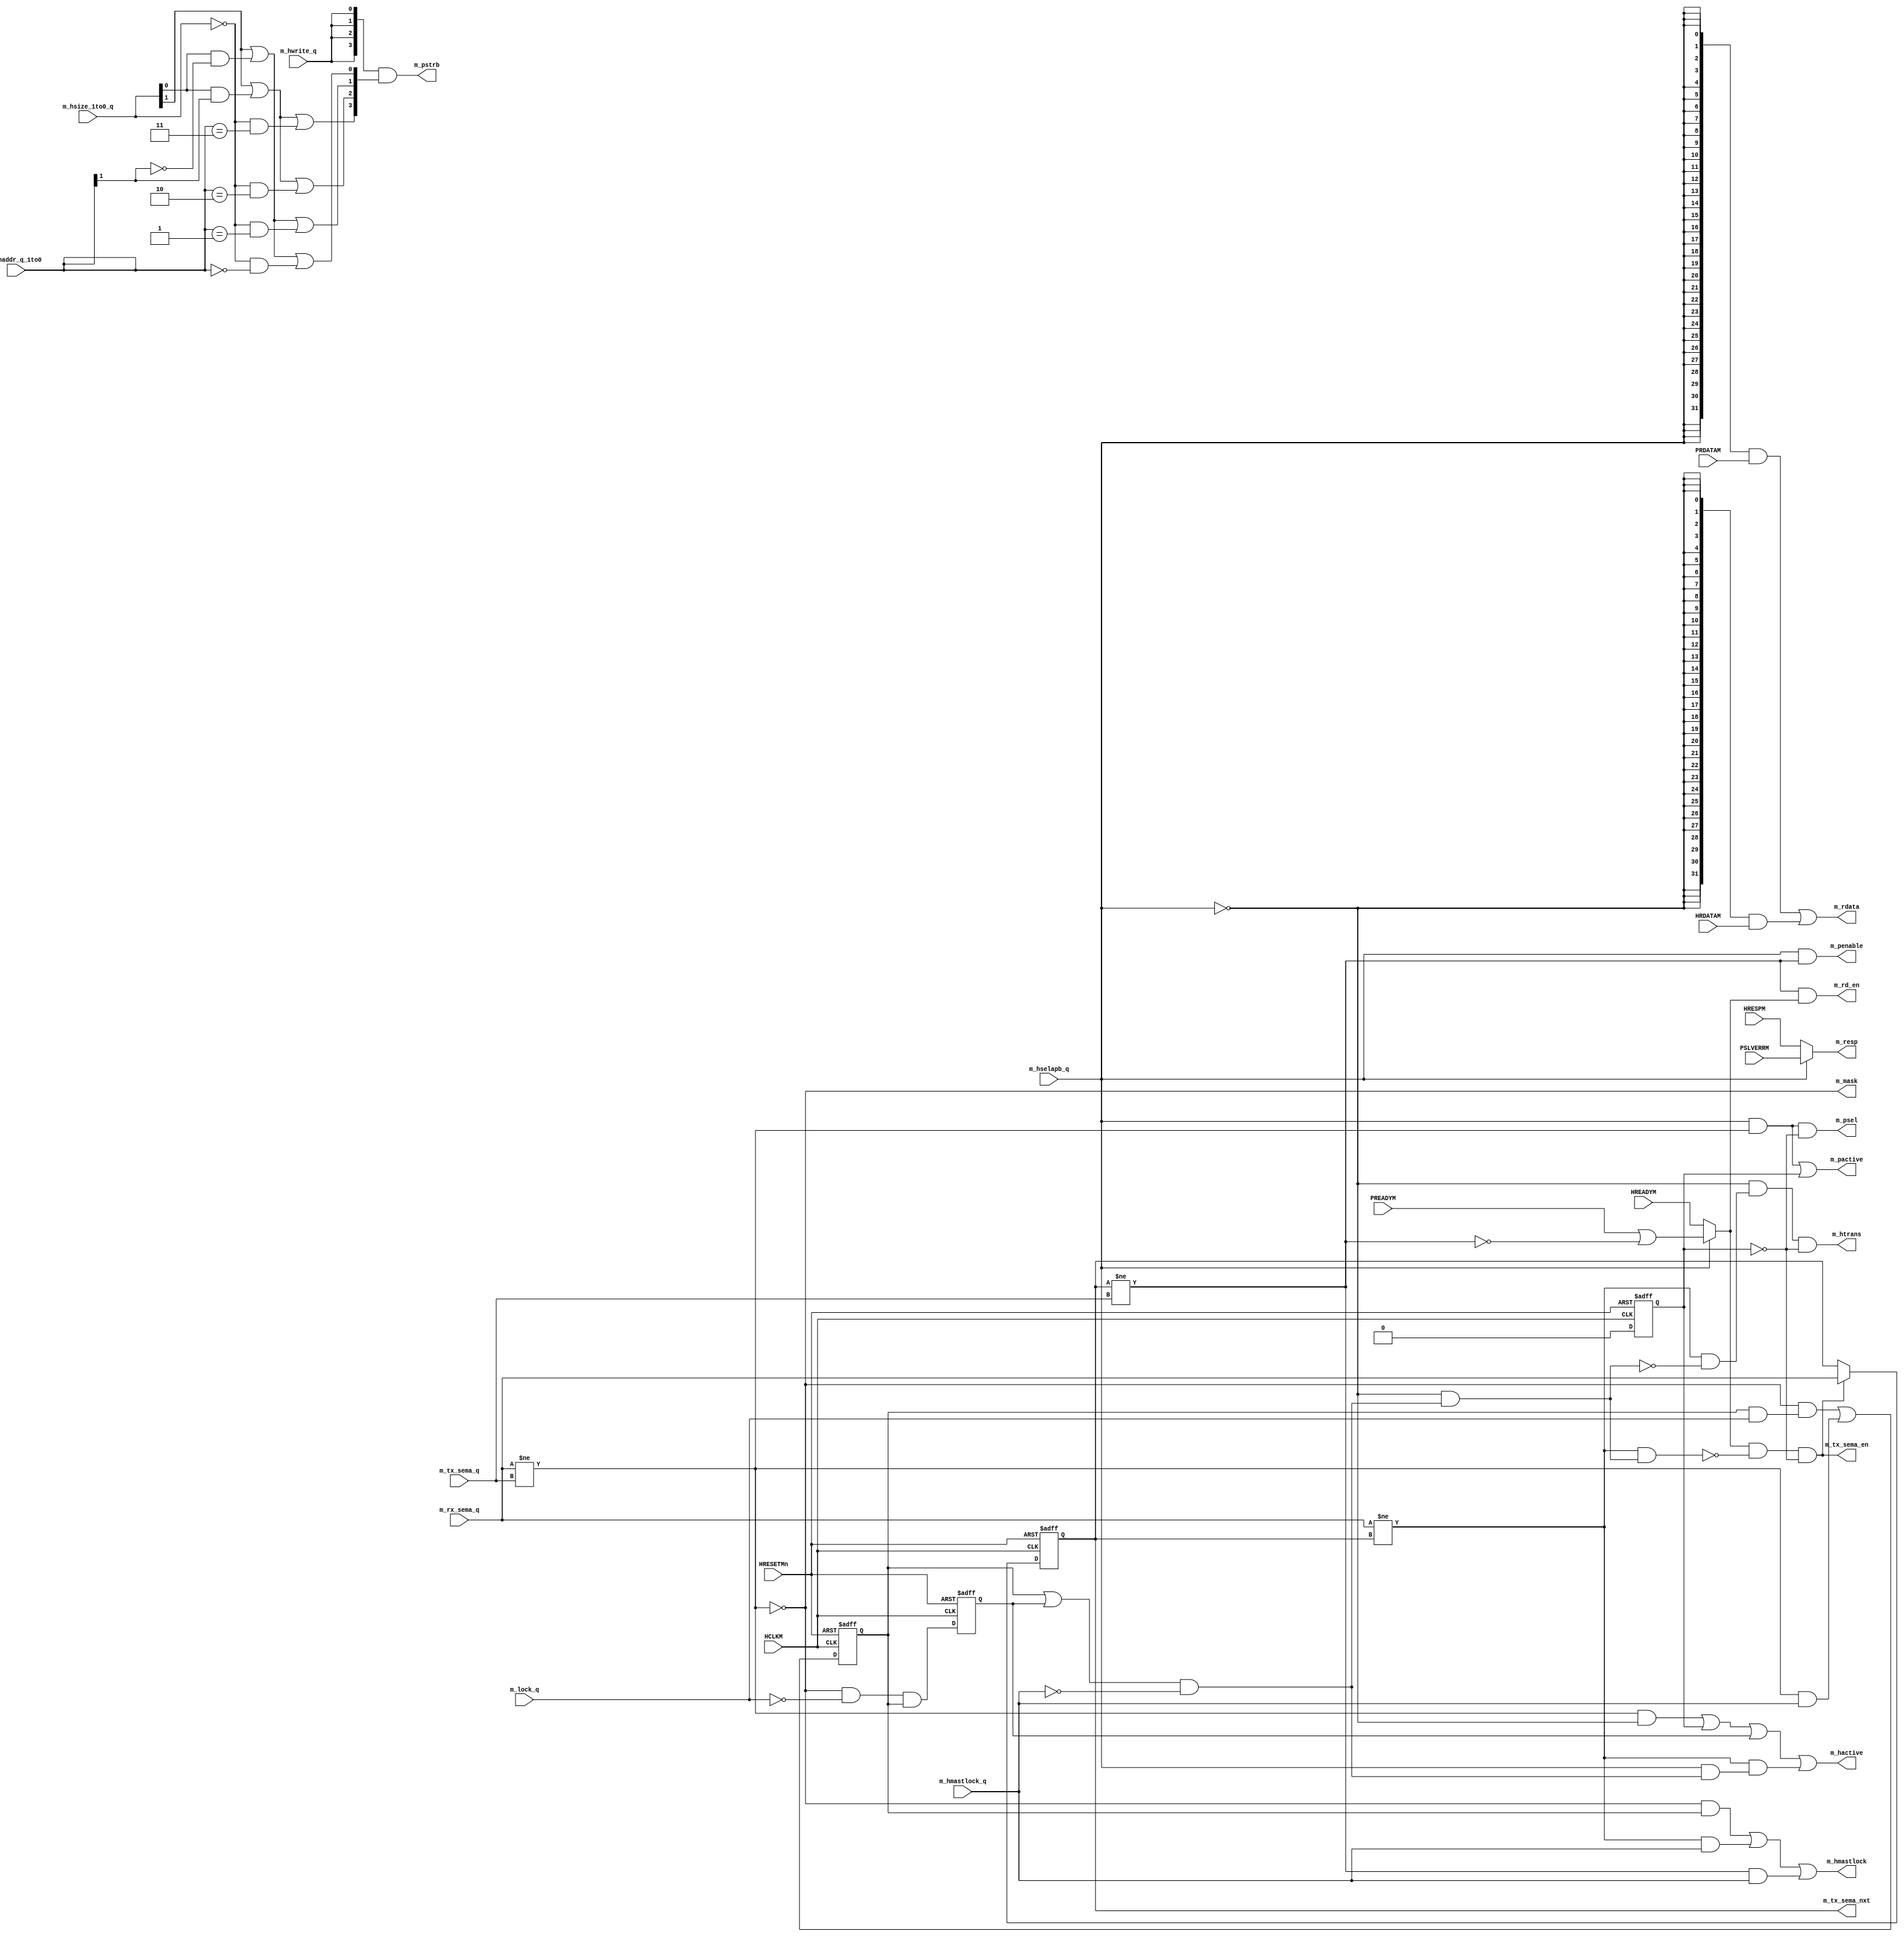
//-----------------------------------------------------------------------------
// The confidential and proprietary information contained in this file may
// only be used by a person authorised under and to the extent permitted
// by a subsisting licensing agreement from ARM Limited.
//
//            (C) COPYRIGHT 2012-2013 ARM Limited.
//                ALL RIGHTS RESERVED
//
// This entire notice must be reproduced on all copies of this file
// and copies of this file may only be made by a person if such person is
// permitted to do so under the terms of a subsisting license agreement
// from ARM Limited.
//
//   Checked In : $Date: 2013-03-27 10:42:39 +0000 (Wed, 27 Mar 2013) $
//   Revision   : $Revision: 242361 $
//   Release    : Cortex-M System Design Kit-r1p0-01rel0
//
//-----------------------------------------------------------------------------
// Verilog-2001 (IEEE Std 1364-2001)
//-----------------------------------------------------------------------------

// ----------------------------------------------------------------------------
// AHB-Lite to AHB-Lite and APB4 Asynchronous Bridge - Master side
// ----------------------------------------------------------------------------

module cmsdk_ahb_to_ahb_apb_async_master (
      input  wire        HCLKM,
      input  wire        HRESETMn,

      // --------
      // CDC interface with slave side

      // Slave to master

      input  wire        m_rx_sema_q,     // Semaphore-in (receive)
      input  wire        m_lock_q,       // Synchronized version of s_hmastlock_q

      output wire        m_mask,         // Slave to master buffers mask
      input  wire [ 1:0] m_haddr_q_1to0, // Slave to master HADDRS buffer (bits[1:0])
      input  wire        m_hmastlock_q,  //                 HMASTLOCKS
      input  wire        m_hselapb_q,    //                 HSELAPBS
      input  wire [ 1:0] m_hsize_1to0_q, //                 HSIZES[1:0]
      input  wire        m_hwrite_q,     //                 HWRITES

      // Master to slave

      output wire        m_tx_sema_en,   // Semaphore-out (transmit) enable
      output wire        m_tx_sema_nxt,  // Semaphore-out (transmit) next value
      input  wire        m_tx_sema_q,    // Semaphore-out (transmit)

      output wire        m_rd_en,        // Response and read data buffer enable

      output wire        m_resp,         // Response
      output wire [31:0] m_rdata,        // Read data

      // --------
      // AHB-Lite master interface

      input  wire        HREADYM,
      input  wire        HRESPM,
      input  wire [31:0] HRDATAM,

      output wire        m_htrans,       // HTRASM[1]
      output wire        m_hmastlock,    // HMASTLOCKM

      // --------
      // APB master interface

      input  wire        PREADYM,
      input  wire        PSLVERRM,
      input  wire [31:0] PRDATAM,

      output wire        m_psel,         // PSELM
      output wire        m_penable,      // PENABLEM
      output wire [ 3:0] m_pstrb,        // PSTRBM

      // --------
      // Clock gating control interface

      output wire        m_hactive,      // HACTIVEM
      output wire        m_pactive       // PACTIVEM
   );

   // -------------------------------------------------------------------------
   // Master side state
   // -------------------------------------------------------------------------

   reg         m_mode_q;           // FSM state (mode + semaphores = FSM state)

   reg         m_force_lock_q;     // Drive HMASTLOCKM HIGH outside transfer
   reg         m_delayed_unlock_q; // Delayed unlock cycle

   reg         m_in_rst_q;         // In reset

   // -------------------------------------------------------------------------
   // Master side state machine
   // -------------------------------------------------------------------------

   // For the APB4 master interface:
   //  - cycle_0 is the setup phase
   //  - cycle_1 is the access phase

   // For the AHB-Lite master interface:
   //  - cycle_0 is the address phase
   //  - cycle_1 is the data phase

   // Reset and HMASTLOCKM create complications and require special care.

   wire        m_new_req        = m_rx_sema_q != m_mode_q;

   wire        m_need_unlock    = ( (m_force_lock_q | m_delayed_unlock_q) &
                                    ~m_hmastlock_q );
   wire        m_need_unlock_h  = ~m_hselapb_q & m_need_unlock;
   wire        m_need_unlock_p  =  m_hselapb_q & m_need_unlock;

   wire        m_cycle_unlock_p = m_new_req &  m_need_unlock_p;

   wire        m_cycle_unlock_h = m_new_req &  m_need_unlock_h;
   wire        m_cycle_0        = m_new_req & ~m_need_unlock_h;
   wire        m_cycle_1        = m_mode_q != m_tx_sema_q;
   wire        m_cycle_any      = m_rx_sema_q != m_tx_sema_q;

   wire        m_preadym        = PREADYM | ~m_cycle_1;
   wire        m_ready_run      = m_hselapb_q ? m_preadym : HREADYM;
   wire        m_ready          = m_ready_run;

   wire        m_mode_en        = m_ready & ~m_cycle_unlock_h & ~m_in_rst_q;
   wire        m_mode_nxt       = m_rx_sema_q;

   // Maintain HMASTLOCKM HIGH during locked sequence

   wire        m_force_lock_en  = 1'b1;
   wire        m_force_lock_nxt = ( ~m_cycle_any & (m_force_lock_q & m_lock_q) |
                                    m_cycle_any & m_hmastlock_q );

   // Guard against reconvergence between m_rx_sema_q and m_lock_q

   wire        m_delayed_unlock_en  = 1'b1;
   wire        m_delayed_unlock_nxt = ~m_cycle_any & ~m_lock_q & m_force_lock_q;

   // Reset awareness

   wire        m_in_rst_en  = 1'b1;
   wire        m_in_rst_nxt = 1'b0;

   // -------------------------------------------------------------------------
   // CDC logic
   // -------------------------------------------------------------------------

   // Semaphore

   assign      m_tx_sema_en     = m_mode_en;
   assign      m_tx_sema_nxt    = m_mode_q;

   // Slave to master buffers mask

   assign      m_mask           = ~m_cycle_any;

   // Master to slave buffers update

   assign      m_rd_en          = m_cycle_1 & m_ready;

   // -------------------------------------------------------------------------
   // Bus interface signals
   // -------------------------------------------------------------------------

   assign      m_hmastlock      = ( ~m_cycle_any & m_force_lock_q |
                                    m_new_req & m_hmastlock_q |
                                    m_cycle_1 & m_hmastlock_q );

   assign      m_psel           =  m_hselapb_q & m_cycle_any & ~m_in_rst_q;
   assign      m_penable        =  m_hselapb_q & m_cycle_1;

   assign      m_htrans         = ~m_hselapb_q & m_cycle_0   & ~m_in_rst_q;

   // APB4 strobes

   wire [ 3:0] m_strb           = { ( m_hsize_1to0_q[1] |
                                      m_hsize_1to0_q[0] & m_haddr_q_1to0[1] |
                                      ( (m_hsize_1to0_q == 2'b00) &
                                        (m_haddr_q_1to0 == 2'b11) ) ),

                                    ( m_hsize_1to0_q[1] |
                                      m_hsize_1to0_q[0] & m_haddr_q_1to0[1] |
                                      ( (m_hsize_1to0_q == 2'b00) &
                                        (m_haddr_q_1to0 == 2'b10) ) ),

                                    ( m_hsize_1to0_q[1] |
                                      m_hsize_1to0_q[0] & ~m_haddr_q_1to0[1] |
                                      ( (m_hsize_1to0_q == 2'b00) &
                                        (m_haddr_q_1to0 == 2'b01) ) ),

                                    ( m_hsize_1to0_q[1] |
                                      m_hsize_1to0_q[0] & ~m_haddr_q_1to0[1] |
                                      ( (m_hsize_1to0_q == 2'b00) &
                                        (m_haddr_q_1to0 == 2'b00) ) )
                                    };

   assign      m_pstrb          = {4{m_hwrite_q}} & m_strb[3:0];

   // -------------------------------------------------------------------------
   // Response and read data selection
   // -------------------------------------------------------------------------

   assign      m_resp           = m_hselapb_q ? PSLVERRM : HRESPM;

   assign      m_rdata          = ( {32{ m_hselapb_q}} & PRDATAM[31:0] |
                                    {32{~m_hselapb_q}} & HRDATAM[31:0] );

   // -------------------------------------------------------------------------
   // External clock gating control creation
   // -------------------------------------------------------------------------

   assign      m_hactive        = ( m_cycle_any & ~m_hselapb_q |
                                    m_in_rst_q |
                                    m_delayed_unlock_q |
                                    m_cycle_unlock_p );

   assign      m_pactive        = ( m_cycle_any &  m_hselapb_q |
                                    m_in_rst_q );

   // -------------------------------------------------------------------------
   // Synchronous state update in HCLKM domain
   // -------------------------------------------------------------------------

   always @(posedge HCLKM or negedge HRESETMn)
      if(~HRESETMn)
         m_mode_q <= 1'b0;
      else if(m_mode_en)
         m_mode_q <= m_mode_nxt;

   always @(posedge HCLKM or negedge HRESETMn)
      if(~HRESETMn)
         m_force_lock_q <= 1'b0;
      else if(m_force_lock_en)
         m_force_lock_q <= m_force_lock_nxt;

   always @(posedge HCLKM or negedge HRESETMn)
      if(~HRESETMn)
         m_delayed_unlock_q <= 1'b0;
      else if(m_delayed_unlock_en)
         m_delayed_unlock_q <= m_delayed_unlock_nxt;

   always @(posedge HCLKM or negedge HRESETMn)
      if(~HRESETMn)
         m_in_rst_q <= 1'b1;
      else if(m_in_rst_en)
         m_in_rst_q <= m_in_rst_nxt;

   // -------------------------------------------------------------------------

endmodule

// ----------------------------------------------------------------------------
// EOF
// ----------------------------------------------------------------------------